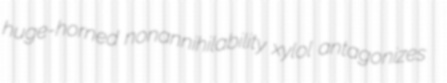
huge-horned nonannihilability xylol antagonizes